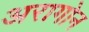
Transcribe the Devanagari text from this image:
अरागोन